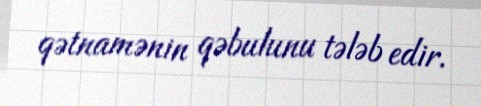
qətnamənin qəbulunu tələb edir.